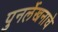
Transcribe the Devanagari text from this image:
पुनर्लेखनाचे